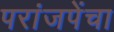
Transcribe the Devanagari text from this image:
परांजपेंचा